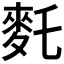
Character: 𪌂